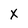
Character: X